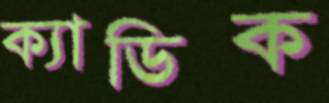
ক্যাডিক